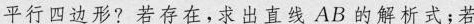
平行四边形？若存在，求出直线AB的解析式；若